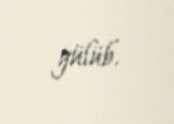
gülüb.